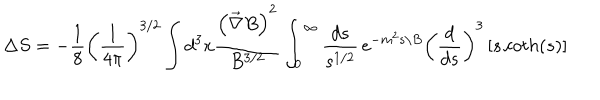
\Delta S = - \frac { 1 } { 8 } \left( { \frac { 1 } { 4 \pi } } \right) ^ { 3 / 2 } \int d ^ { 3 } x { \frac { \left( \vec { \nabla } B \right) ^ { 2 } } { B ^ { 3 / 2 } } } \int _ { 0 } ^ { \infty } { \frac { d s } { s ^ { 1 / 2 } } } \, e ^ { - m ^ { 2 } s / B } \left( { \frac { d } { d s } } \right) ^ { 3 } \left[ s \, c o t h ( s ) \right]